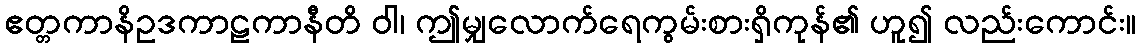
ဧတ္တကာနိဥဒကာဠကာနီတိ ဝါ၊ ဤမျှလောက်ရေကွမ်းစားရှိကုန်၏ ဟူ၍ လည်းကောင်း။